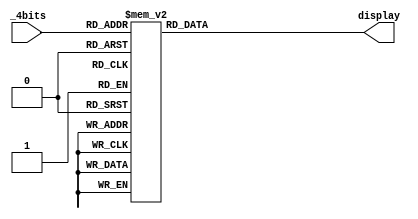
module decoder
(input [3:0] _4bits, output reg [6:0] display);
always @(*)
begin
        case(_4bits)
            4'b0000: display = 7'b0000001;
            4'b0001: display = 7'b1001111;
            4'b0010: display = 7'b0010010; 
            4'b0011: display = 7'b0000110;
            4'b0100: display = 7'b1001100;
            4'b0101: display = 7'b0100100;
            4'b0110: display = 7'b0100000;
            4'b0111: display = 7'b0001111;
            4'b1000: display = 7'b0000000;
            4'b1001: display = 7'b0001100;
            4'b1010: display = 7'b0001000;
				4'b1011: display = 7'b1100000;
				4'b1100: display = 7'b0110001;
				4'b1101: display = 7'b1000010;
				4'b1110: display = 7'b0110000;
				4'b1111: display = 7'b0111000;
        endcase
    end
endmodule